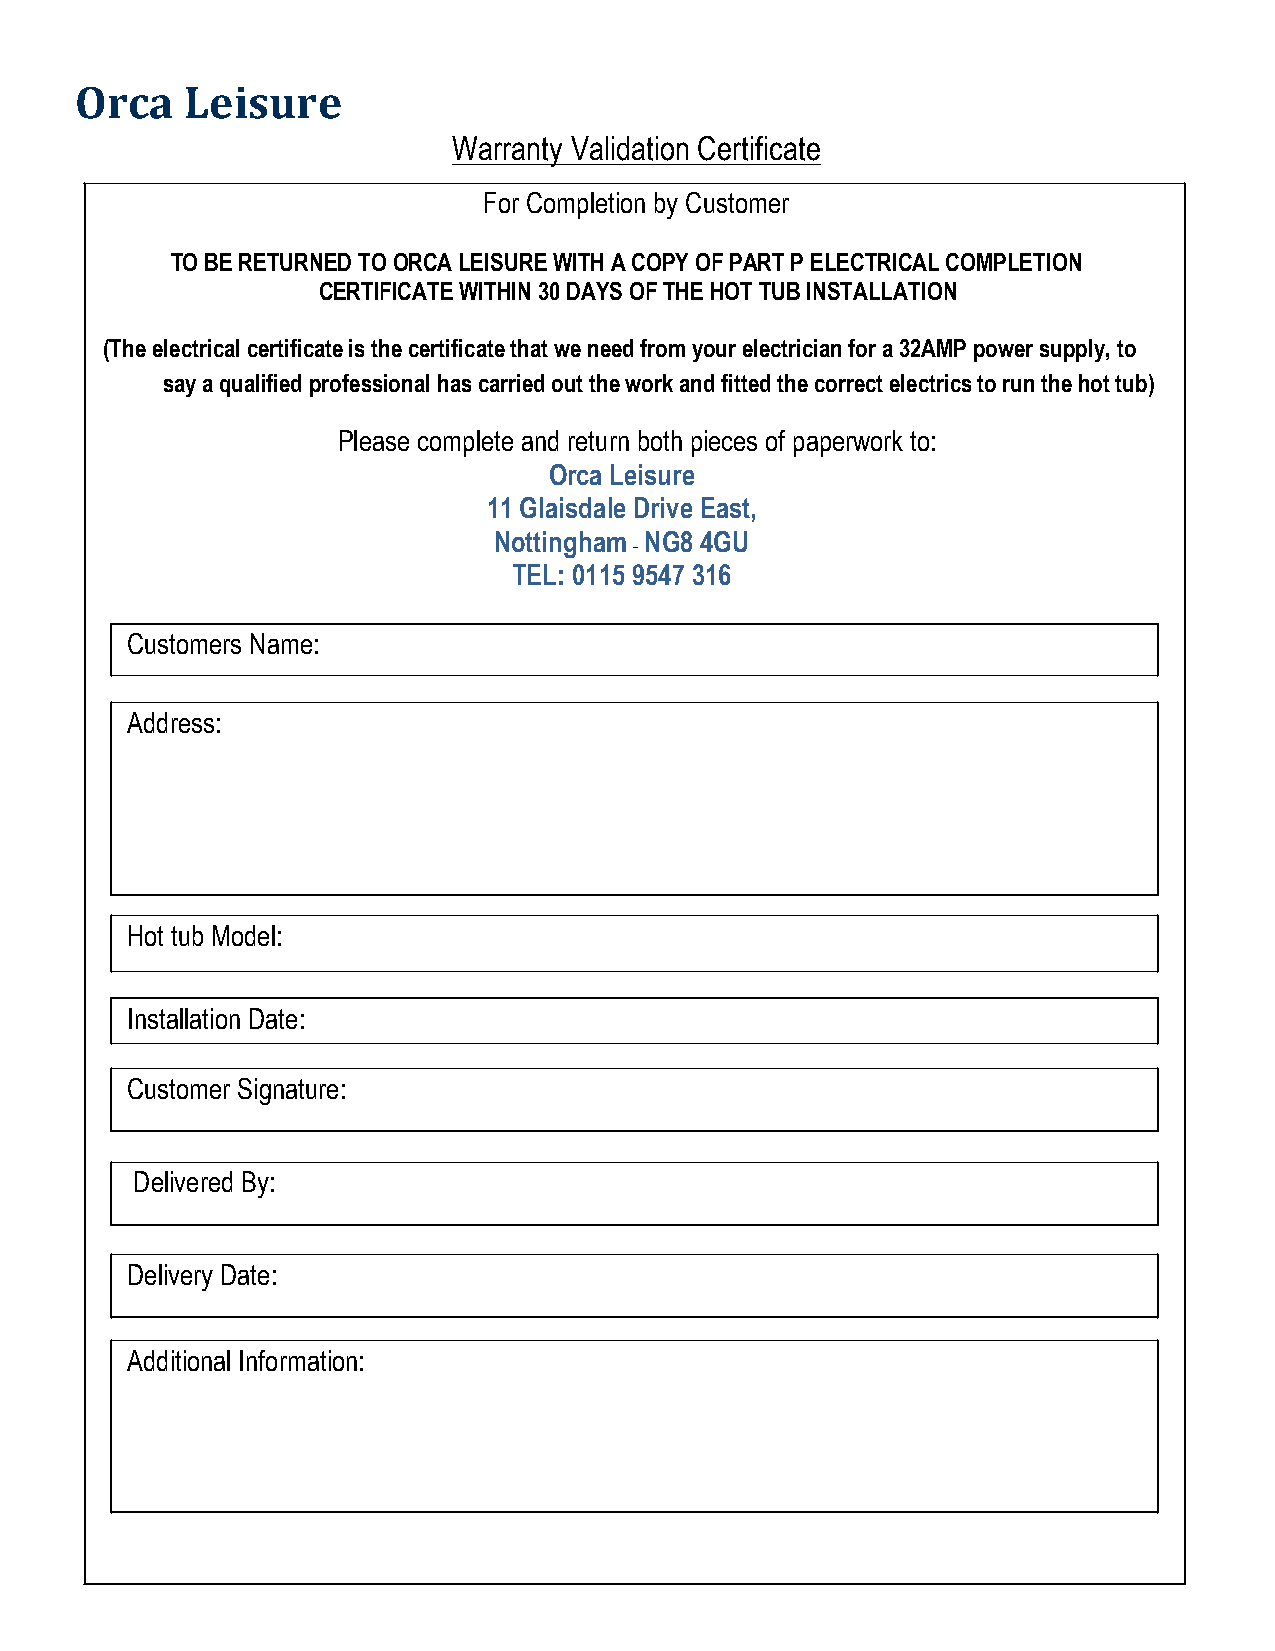
Orca   Leisure
 Warranty Validation Certificate
 For Completion by Customer
 TO BE RETURNED TO ORCA LEISURE WITH A COPY OF PART P ELECTRICAL COMPLETION
 CERTIFICATE WITHIN 30 DAYS OF THE HOT TUB INSTALLATION
 (The electrical certificate is the certificate that we need from your electrician for a 32AMP power supply, to
 say a qualified professional has carried out the work and fitted the correct electrics to run the hot tub)
 Please complete and return both pieces of paperwork to:
 Orca Leisure
 11 Glaisdale Drive East,
 Nottingham NG8 4GU
 -
 TEL: 0115 9547 316
 Customers Name:
 Address:
 Hot tub Model:
 Installation Date:
 Customer Signature:
 Delivered By:
 Delivery Date:
 Additional Information: